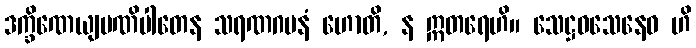
ဒက္ခိဏေယျပဏိပါတေန သရဏဂမနံ ဟောတိ, န ဣတရေဟိ။ သေဋ္ဌဝသေနေဝ ဟိ